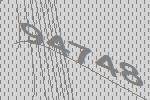
94748